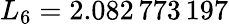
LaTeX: L_{6}=2.082\, 773\, 197